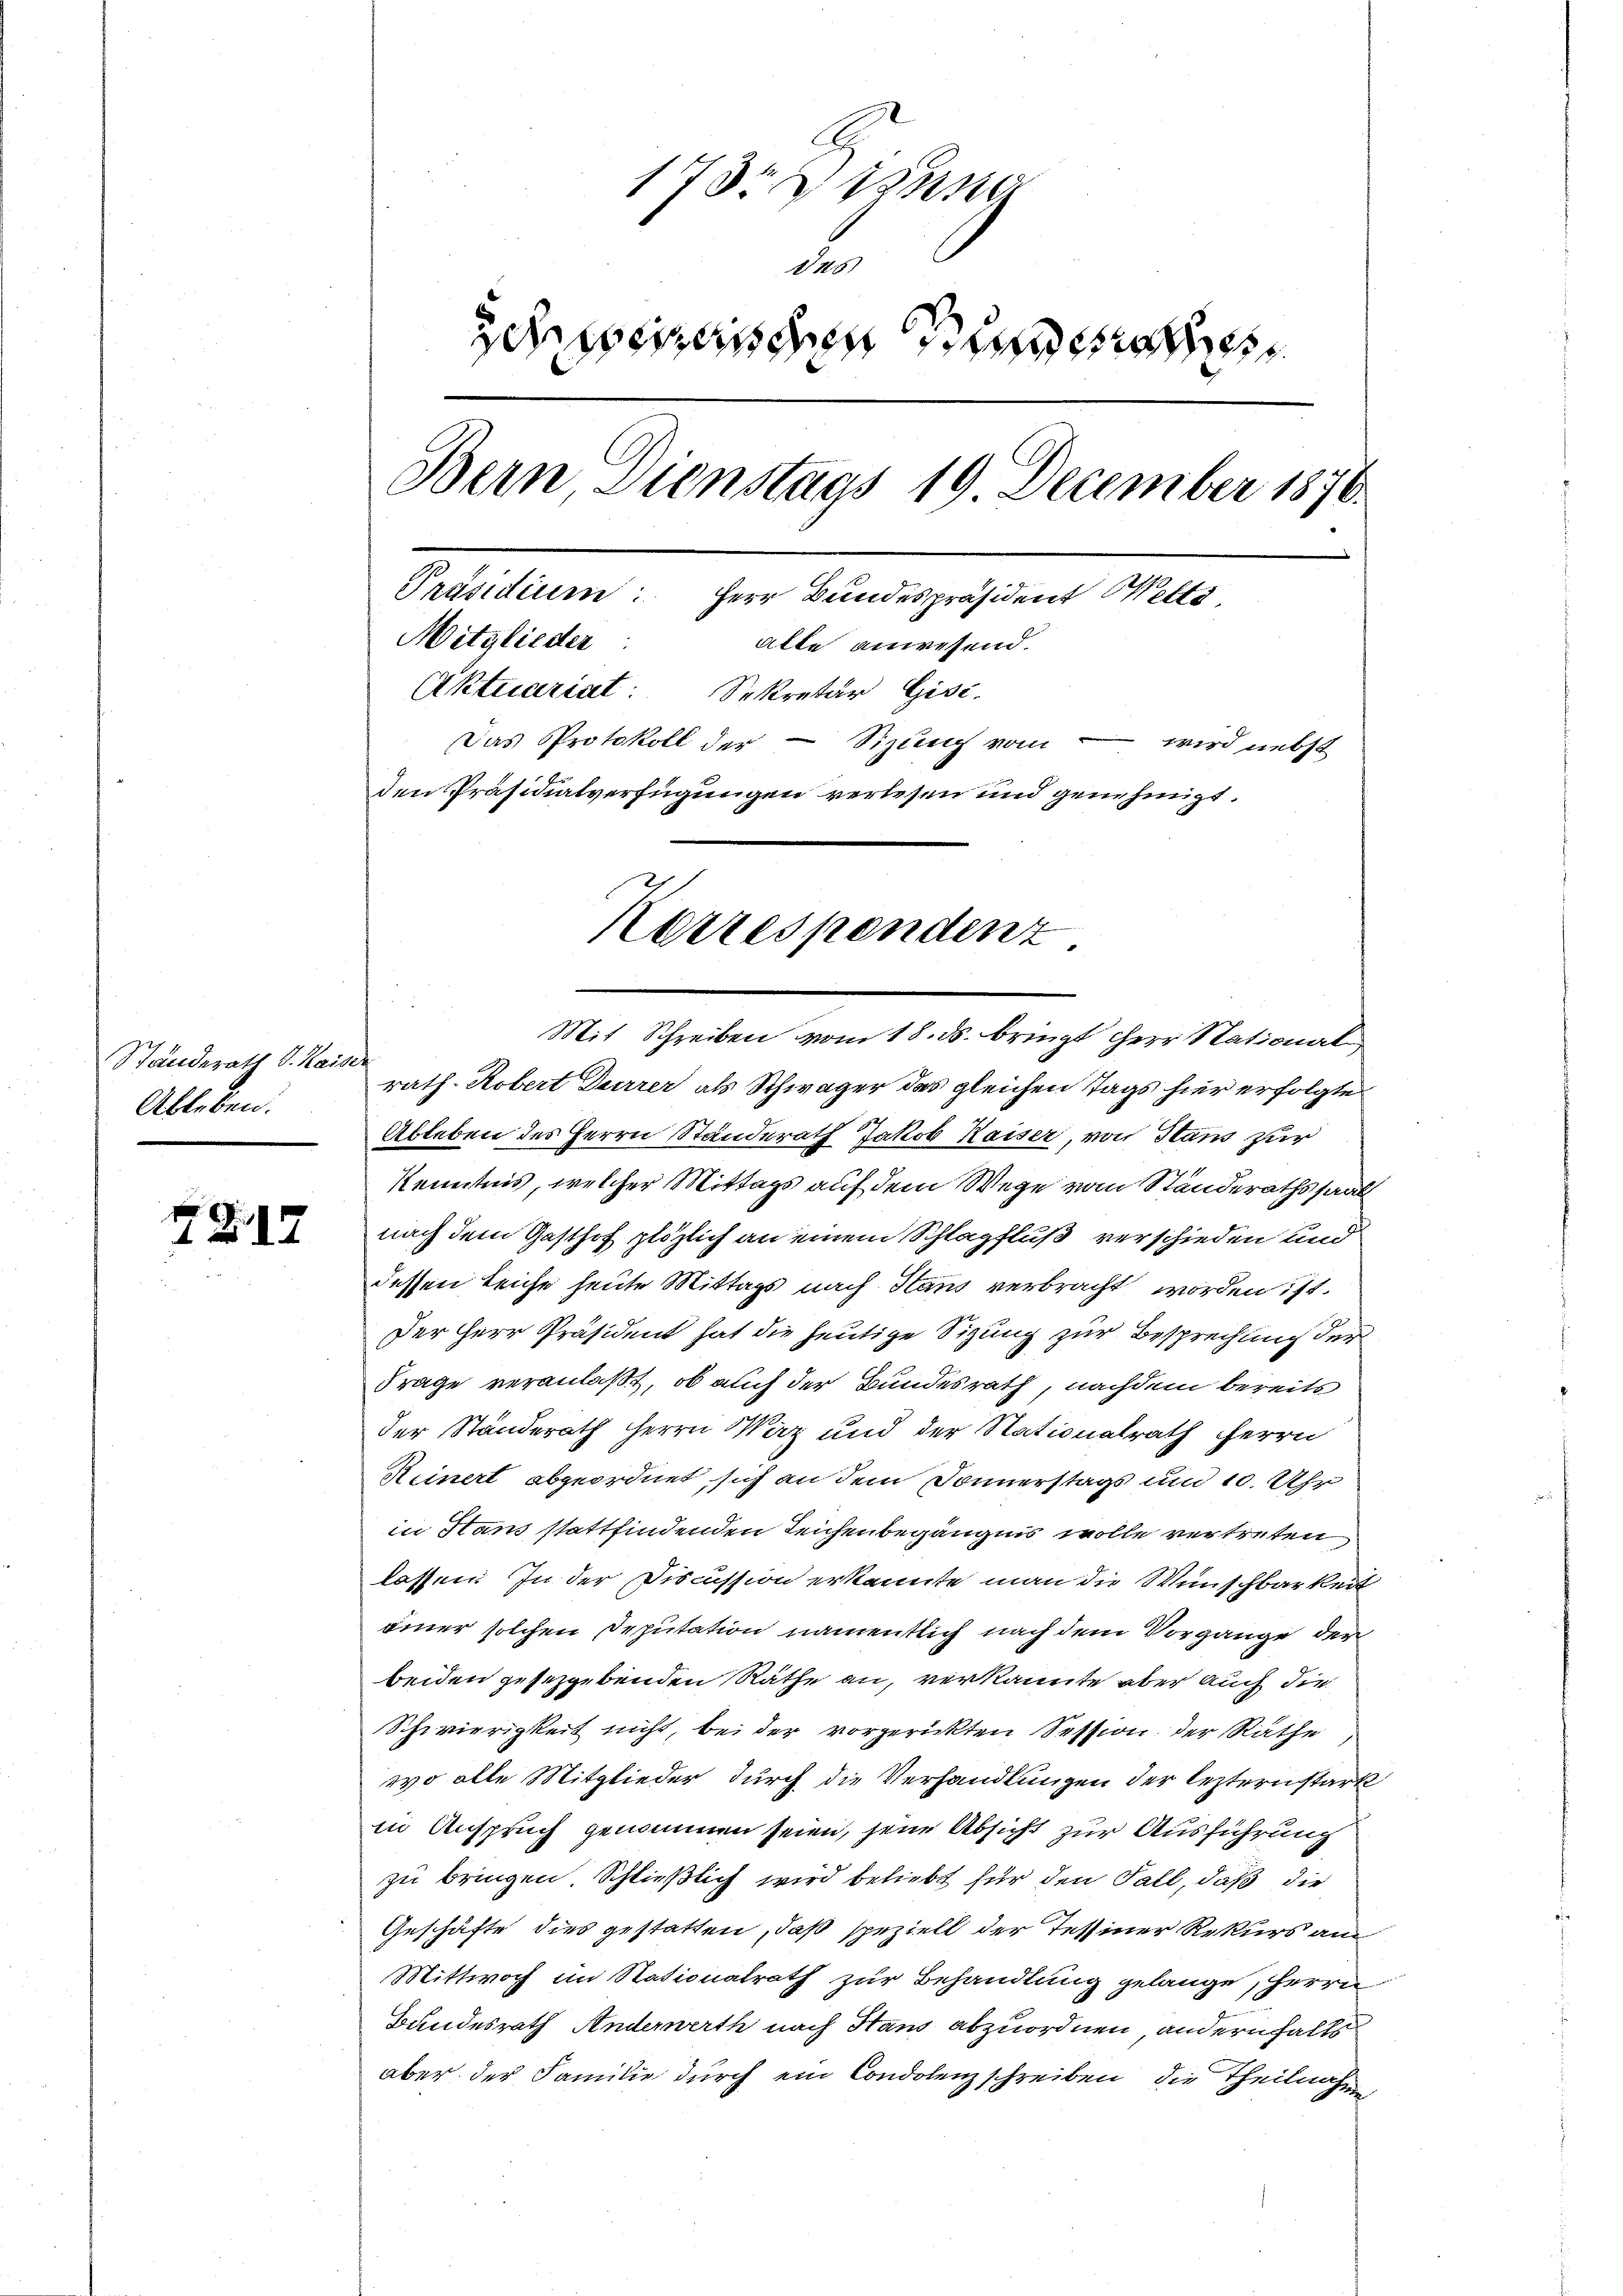
Standerath d. Kaise.
Ableben.

ZG17

173 Sena
u
Schreizerischen Hunden
Bern Dienstags 19 December 1870
Präsidium: Herr Bundespräsident Wette
Mitglieder:
atte anwesend.
Aktuariat Sekretär Gisi-
Das Protokoll der - Sizung vom - wird nebst
den Präsidialverfügungen verlesen und genehmigt.
Korrespendent

Mit Schreiben vom 18. ds. bringt herr Stational
rath Robert Dürrer als Schwäger das gleichen Tags hier erfolgte
Ableben des Herrn Standerath Jakob Kaiser, von Stand zur
Kenntnis, welcher Mittags auf dem Wege vom Ständerathssaal
nach dem Gasthof plötzlich an einem Schlagfluß verschieden und
dessen Leiche heute Mittags nach Staus verbracht worden ist.
Der Herr Präsident hat die heutige Sizung zur Besprechung der
Frage veranlaßt, ob auch der Bundesrath, nachdem bereits
der Standerath Herrn Waz und der Nationalrath Herrn
Reinert abgeordnet, sich an dem Donnerstags um 10. Uhr
in Hans stattfindenden Teichenbegängnis wolle vertreten
lassen. In der Discussion erkannte man die Wünschbarkeit
einer solchen Deputation namentlich nach dem Vorgänge der
beiden gesetzgebenden Räthe an, verkannte aber auch die
Schwierigkeit nicht, bei der vorgerickten Session der Räthe
wo alle Mitglieder durch die Verhandlungen der lezternstark
in Anspruch genommen seien, jene Absicht zur Ausführung
zu bringen. Schließlich wird beliebt für den Fall, daß die
Geschäfte dies gestatten, daß speziell der Tessiner Rekurs am
Mittwoch im Nationalrath zur Behandlung gelange, Herrn
Bundesrath Anderwerth nach Haus abzuordnen andernfalls
aber der Familie durch ein Condolenz schreiben, die Theilnahme